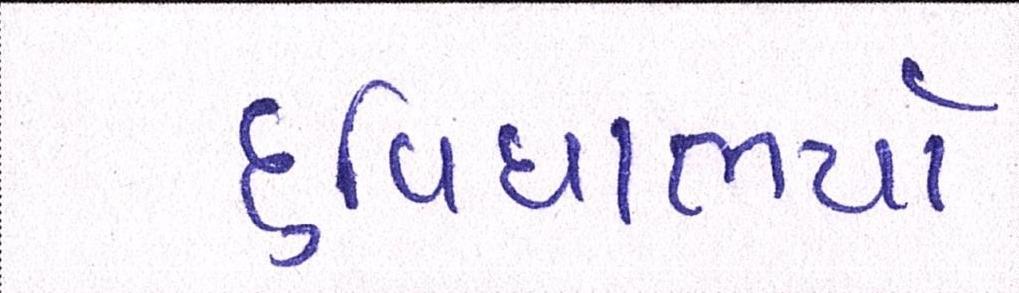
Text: દુવિધાભર્યા